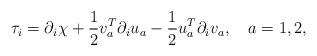
LaTeX: \begin{align*}\tau_i = \partial_i \chi + \frac12 v_a^T \partial_i u_a -\frac12 u_a^T \partial_i v_a, \quad a = 1,2,\end{align*}